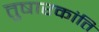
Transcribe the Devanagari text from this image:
तुषारकांति